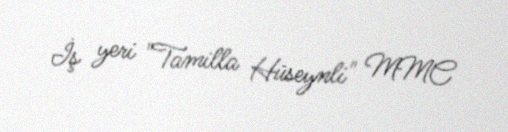
İş yeri "Tamilla Hüseynli" MMC